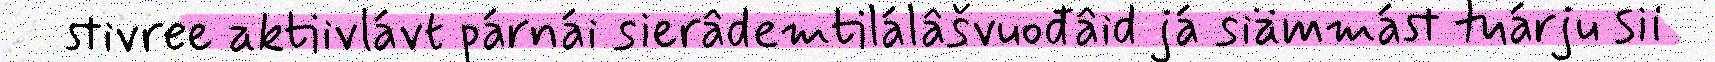
stivree aktiivlávt párnái sierâdemtilálâšvuođâid já siämmást tuárju sii